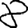
Digit: 8